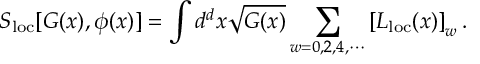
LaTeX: S _ { \mathrm { l o c } } [ G ( x ) , \phi ( x ) ] = \int d ^ { d } x \sqrt { G ( x ) } \sum _ { w = 0 , 2 , 4 , \cdots } \left[ { \cal L } _ { \mathrm { l o c } } ( x ) \right] _ { w } .